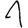
Digit: 1